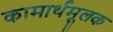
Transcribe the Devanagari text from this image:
कामार्थमूलक